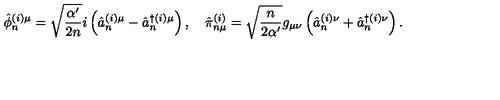
\hat { \phi } _ { n } ^ { ( i ) \mu } = \sqrt { \frac { \alpha ^ { \prime } } { 2 n } } i \left( \hat { a } _ { n } ^ { ( i ) \mu } - \hat { a } _ { n } ^ { \dagger ( i ) \mu } \right) , \quad \hat { \pi } _ { n \mu } ^ { ( i ) } = \sqrt { \frac { n } { 2 \alpha ^ { \prime } } } g _ { \mu \nu } \left( \hat { a } _ { n } ^ { ( i ) \nu } + \hat { a } _ { n } ^ { \dagger ( i ) \nu } \right) .